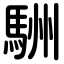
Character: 駲